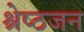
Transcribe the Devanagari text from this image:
श्रेष्‍ठजन